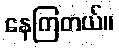
နေကြတယ်။